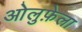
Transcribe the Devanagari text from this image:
ओलुफ़ेला